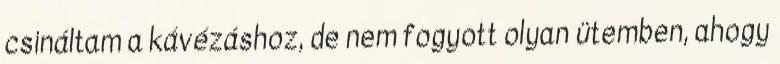
csináltam a kávézáshoz, de nem fogyott olyan ütemben, ahogy